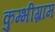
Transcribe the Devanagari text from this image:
कुम्भीग्राम